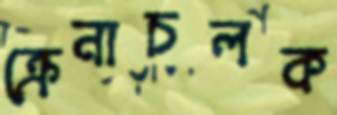
ক্রেনাচলক